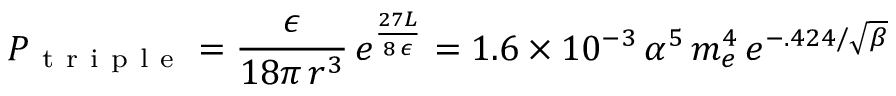
P _ { \mathrm { ~ t ~ r ~ i ~ p ~ l ~ e ~ } } = \frac { \epsilon } { 1 8 \pi \, r ^ { 3 } } \, e ^ { \frac { 2 7 L } { 8 \, \epsilon } } = 1 . 6 \times 1 0 ^ { - 3 } \, \alpha ^ { 5 } \, m _ { e } ^ { 4 } \, e ^ { - . 4 2 4 / \sqrt { \beta } }